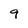
Character: 9